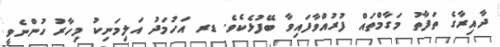
ދާއިރާގެ ތަފާތު މަގާމްތައް ފުރުއްވާފައިވާ ބޭފުޅެކެވެ. ޑރ އަހުމަދު އަލިމަނިކު މިހާރު ހުންނެވީ